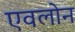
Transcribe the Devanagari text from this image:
एवलोन